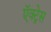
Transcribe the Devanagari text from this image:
ऍक्ट्रेस